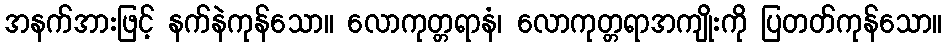
အနက်အားဖြင့် နက်နဲကုန်သော။ လောကုတ္တရာနံ၊ လောကုတ္တရာအကျိုးကို ပြတတ်ကုန်သော။